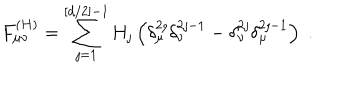
F _ { \mu \nu } ^ { ( H ) } = \sum _ { \jmath = 1 } ^ { [ d / 2 ] - 1 } H _ { \jmath } \left( \delta _ { \mu } ^ { 2 \jmath } \delta _ { \nu } ^ { 2 \jmath - 1 } - \delta _ { \nu } ^ { 2 \jmath } \delta _ { \mu } ^ { 2 \jmath - 1 } \right) \; .